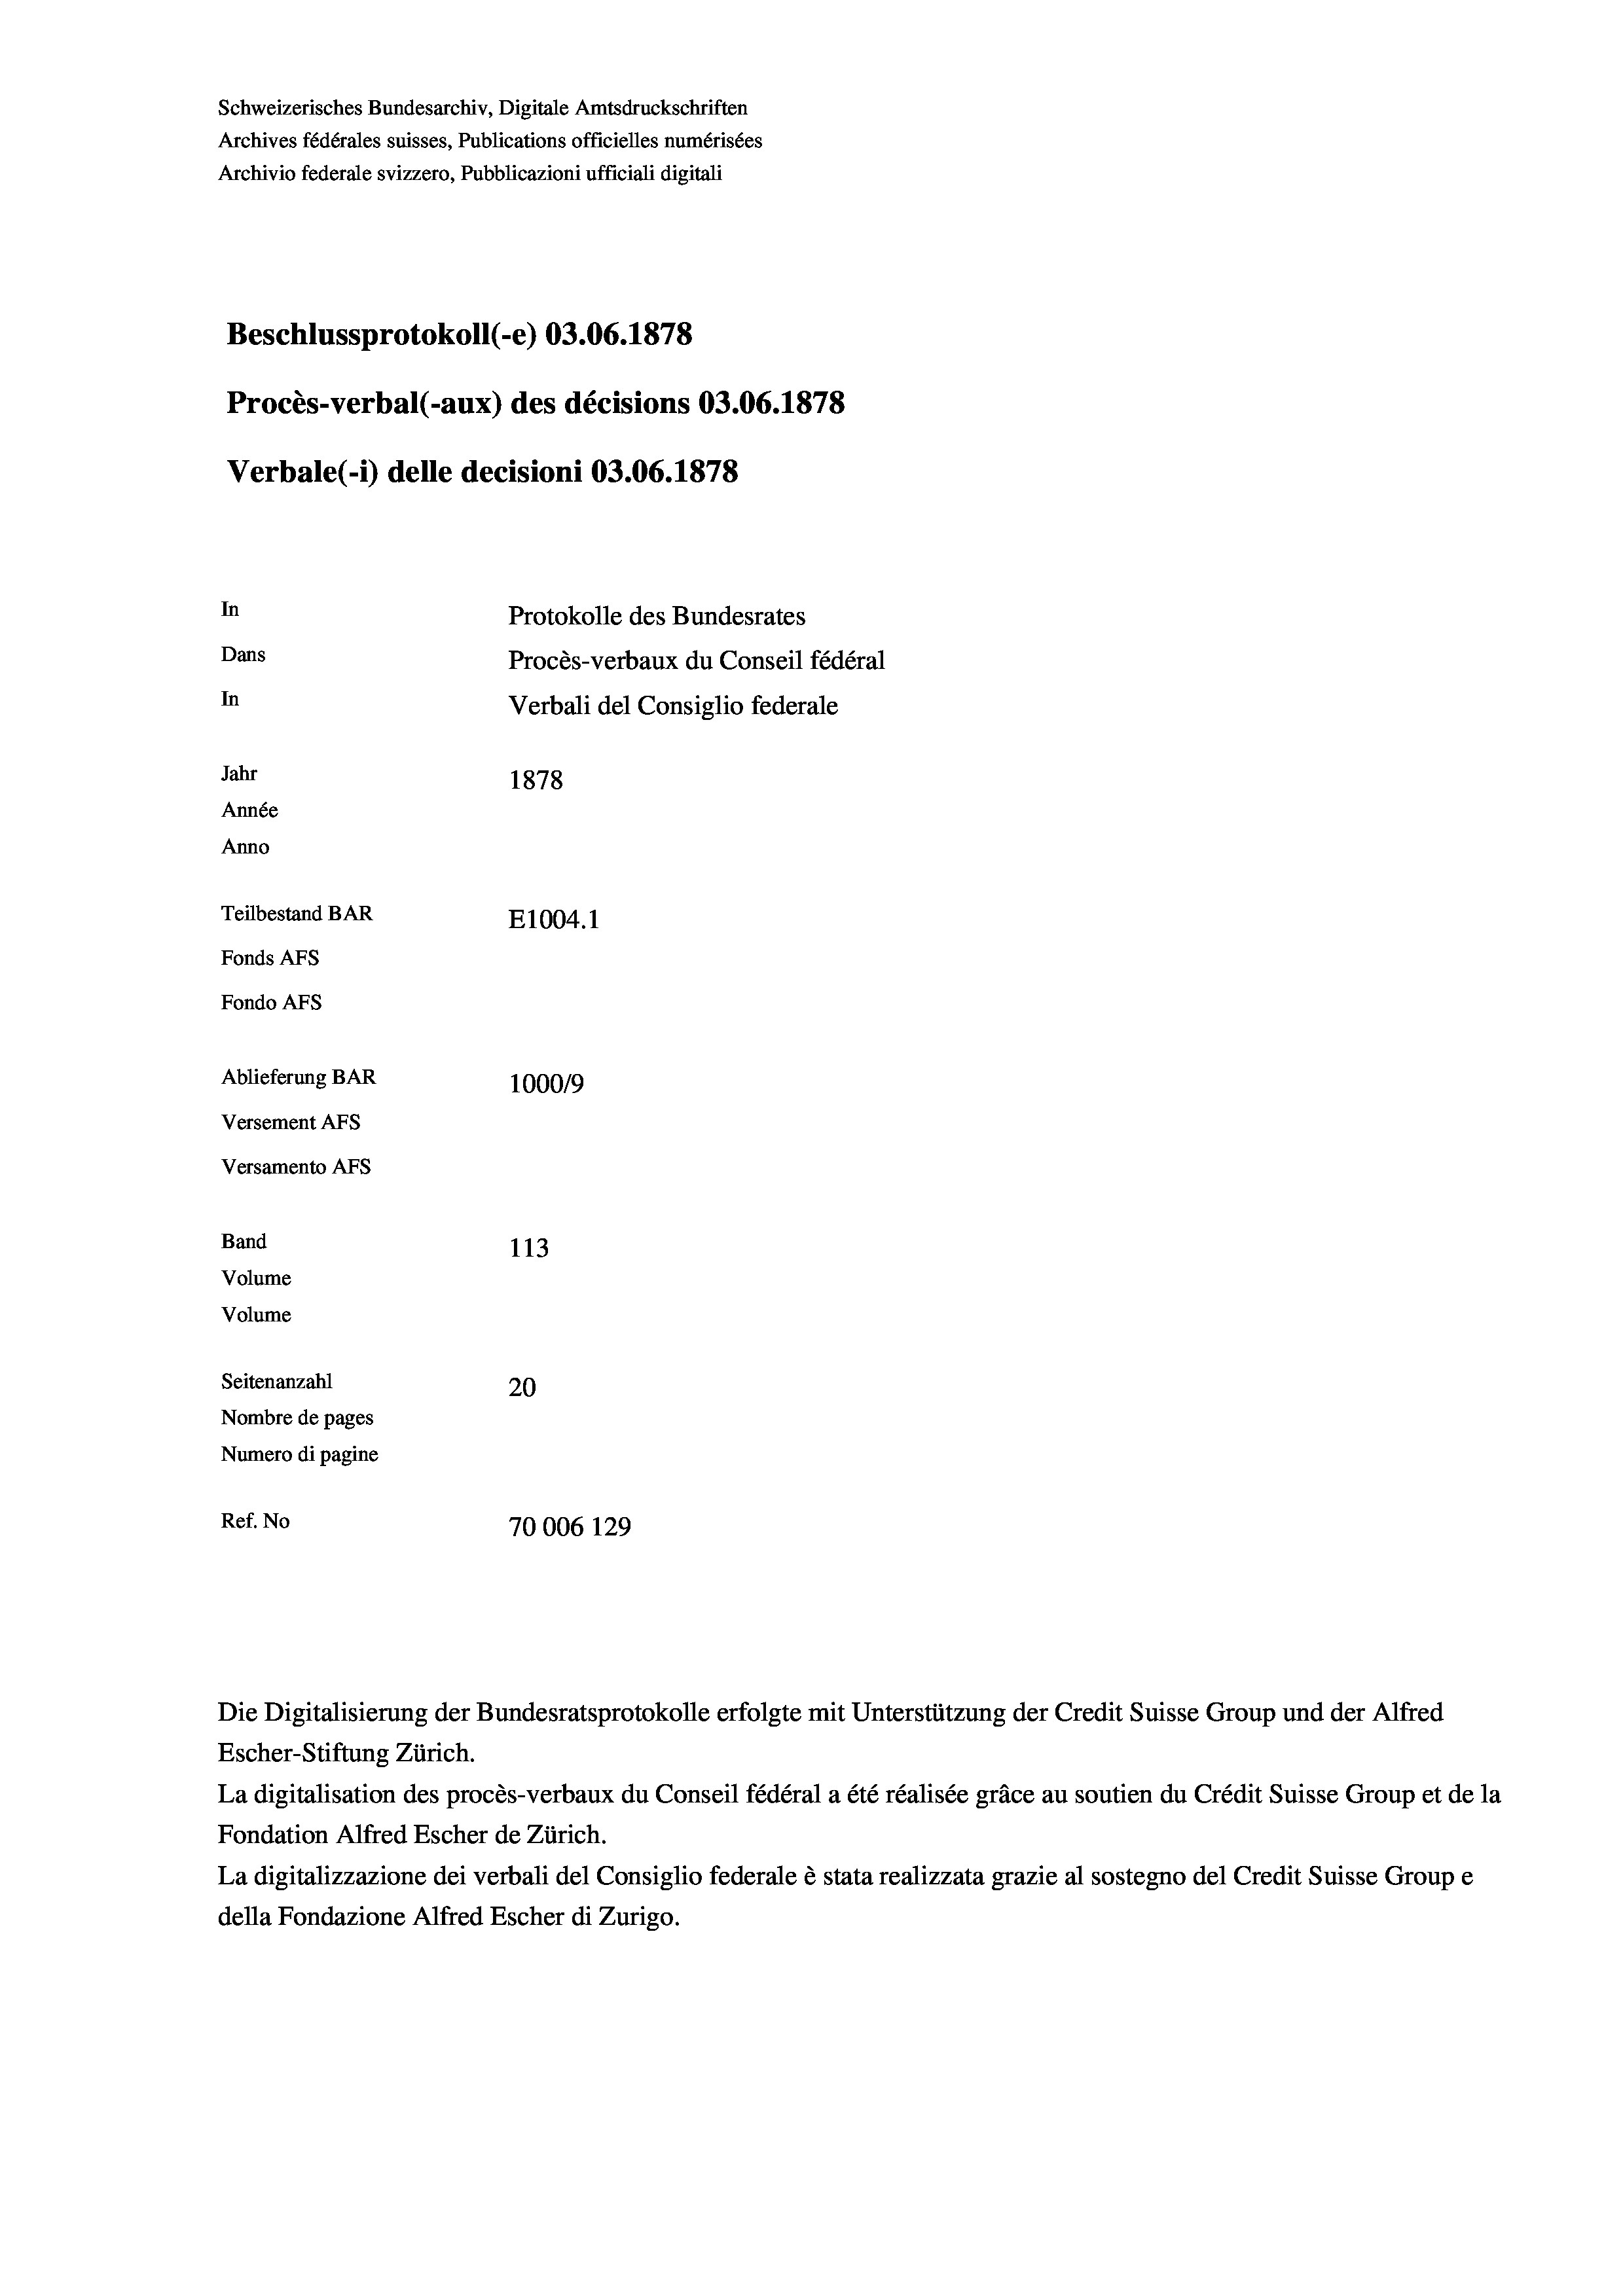
Schweizerisches Bundesarchiv, Digitale Amtsdruckschriften
Archives fédérales suisses, Publications officielles numérisées
Archivio federale svizzero, Pubblicazioni ufficiali digitali
Beschlussprotokoll (-e) 03.06. 1878
Procès-verbal (-aux) des décisions 03.06. 1878
Verbale (i) delle decisioni 03.06. 1878
In
Protokolle des Bundesrates
Dans
Procès-verbaux du Conseil fédéral
In
Verbali del Consiglio federale
Jahr
1878
Année
Anno
Teilbestand BAR
E1004.1
Fonds AEs
Fondo AFs
Ablieferung BAR
100019
Versement AFS
Versamento Afs
Band
113
Volume
Volume
Seitenanzahl
20
Nombre de pages
Numero di pagine
Ref. No
70006 129

Escher-Stiftung Zürich.
La digitalisation des procès-verbaux du Conseil fédéral a été réalisée gräce au soutien du Crédit Suisse Group et de la
Fondation Alfred Escher de Zürich.
La digitalizzazione dei verbali del Consiglio federale è stata realizzata grazie al sostegno del Credit Suisse Groupe
della Fondazione Alfred Escher di Zurigo.

Die Digitalisierung der Bundesratsprotokolle erfolgte mit Unterstützung der Credit Suisse Group und der Alfred